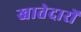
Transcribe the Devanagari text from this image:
खातेदारों